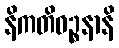
နိကတိဝဉ္စနာနိ